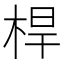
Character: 桿